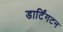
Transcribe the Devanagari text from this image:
डार्टिंगटन